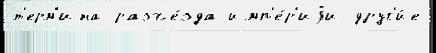
т'ерм'ина разъе́зда имп'е́р'иjи друг'и́е